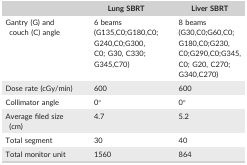
|  | Lung SBRT | Liver SBRT |
 | --- | --- | --- |
 | Gantry (G) and couch (C) angle | 6 beams (G135,C0;G180,C0;G240,C0;G300, C0; G30, C330;G345,C70) | 8 beams (G30,C0;G60,C0;G180,C0;G230,C0;G290,C0;G345,C0; G20, C270;G340,C270) |
 | Dose rate (cGy/min) | 600 | 600 |
 | Collimator angle | 0° | 0° |
 | Average filed size (cm) | 4.7 | 5.2 |
 | Total segment | 30 | 40 |
 | Total monitor unit | 1560 | 864 |